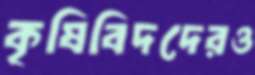
কৃষিবিদদেরও